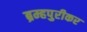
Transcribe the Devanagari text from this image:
ब्रम्हपुरीकर